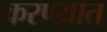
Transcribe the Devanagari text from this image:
करण्य़ात